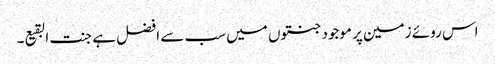
اس روئے زمین پر موجود جنتوں میں سب سے افضل ہے جنت البقیع۔